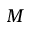
M